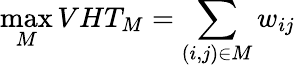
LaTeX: \operatorname*{max}_{M}VHT_{M}=\sum_{(i,j)\in M}w_{ij}